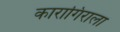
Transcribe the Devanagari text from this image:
कारागिराला